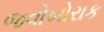
જવોખોરાક